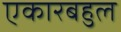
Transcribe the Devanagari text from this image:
एकारबहुल